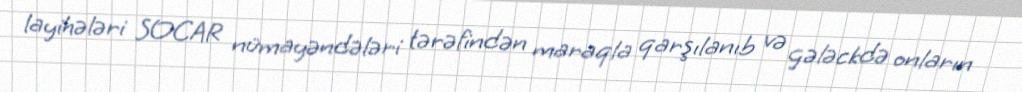
layihələri SOCAR nümayəndələri tərəfindən maraqla qarşılanıb və gələckdə onların